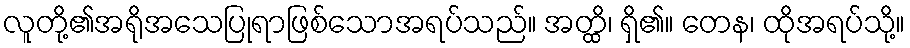
လူတို့၏အရိုအသေပြုရာဖြစ်သောအရပ်သည်။ အတ္ထိ၊ ရှိ၏။ တေန၊ ထိုအရပ်သို့။